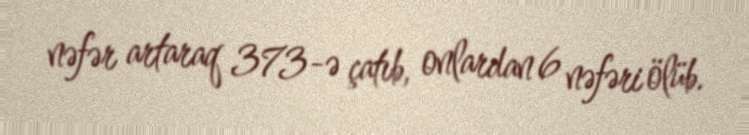
nəfər artaraq 373-ə çatıb, onlardan 6 nəfəri ölüb.